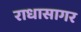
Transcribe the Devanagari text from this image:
राधासागर